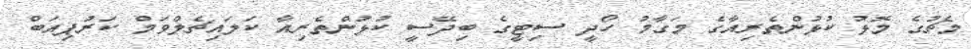
މެޗުގެ މޮޅު ކުޅުންތެރިއާގެ މަގާމު ހޯދީ ސިޓީގެ ބިދޭސީ ކުޅުންތެރިއާ ކަލައިޗެލްވަމް ކަރުޕިއަބް